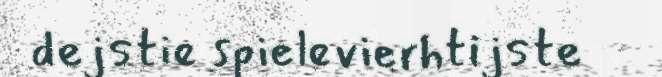
dejstie spielevierhtijste